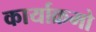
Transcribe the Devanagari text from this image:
कार्याक्रमो